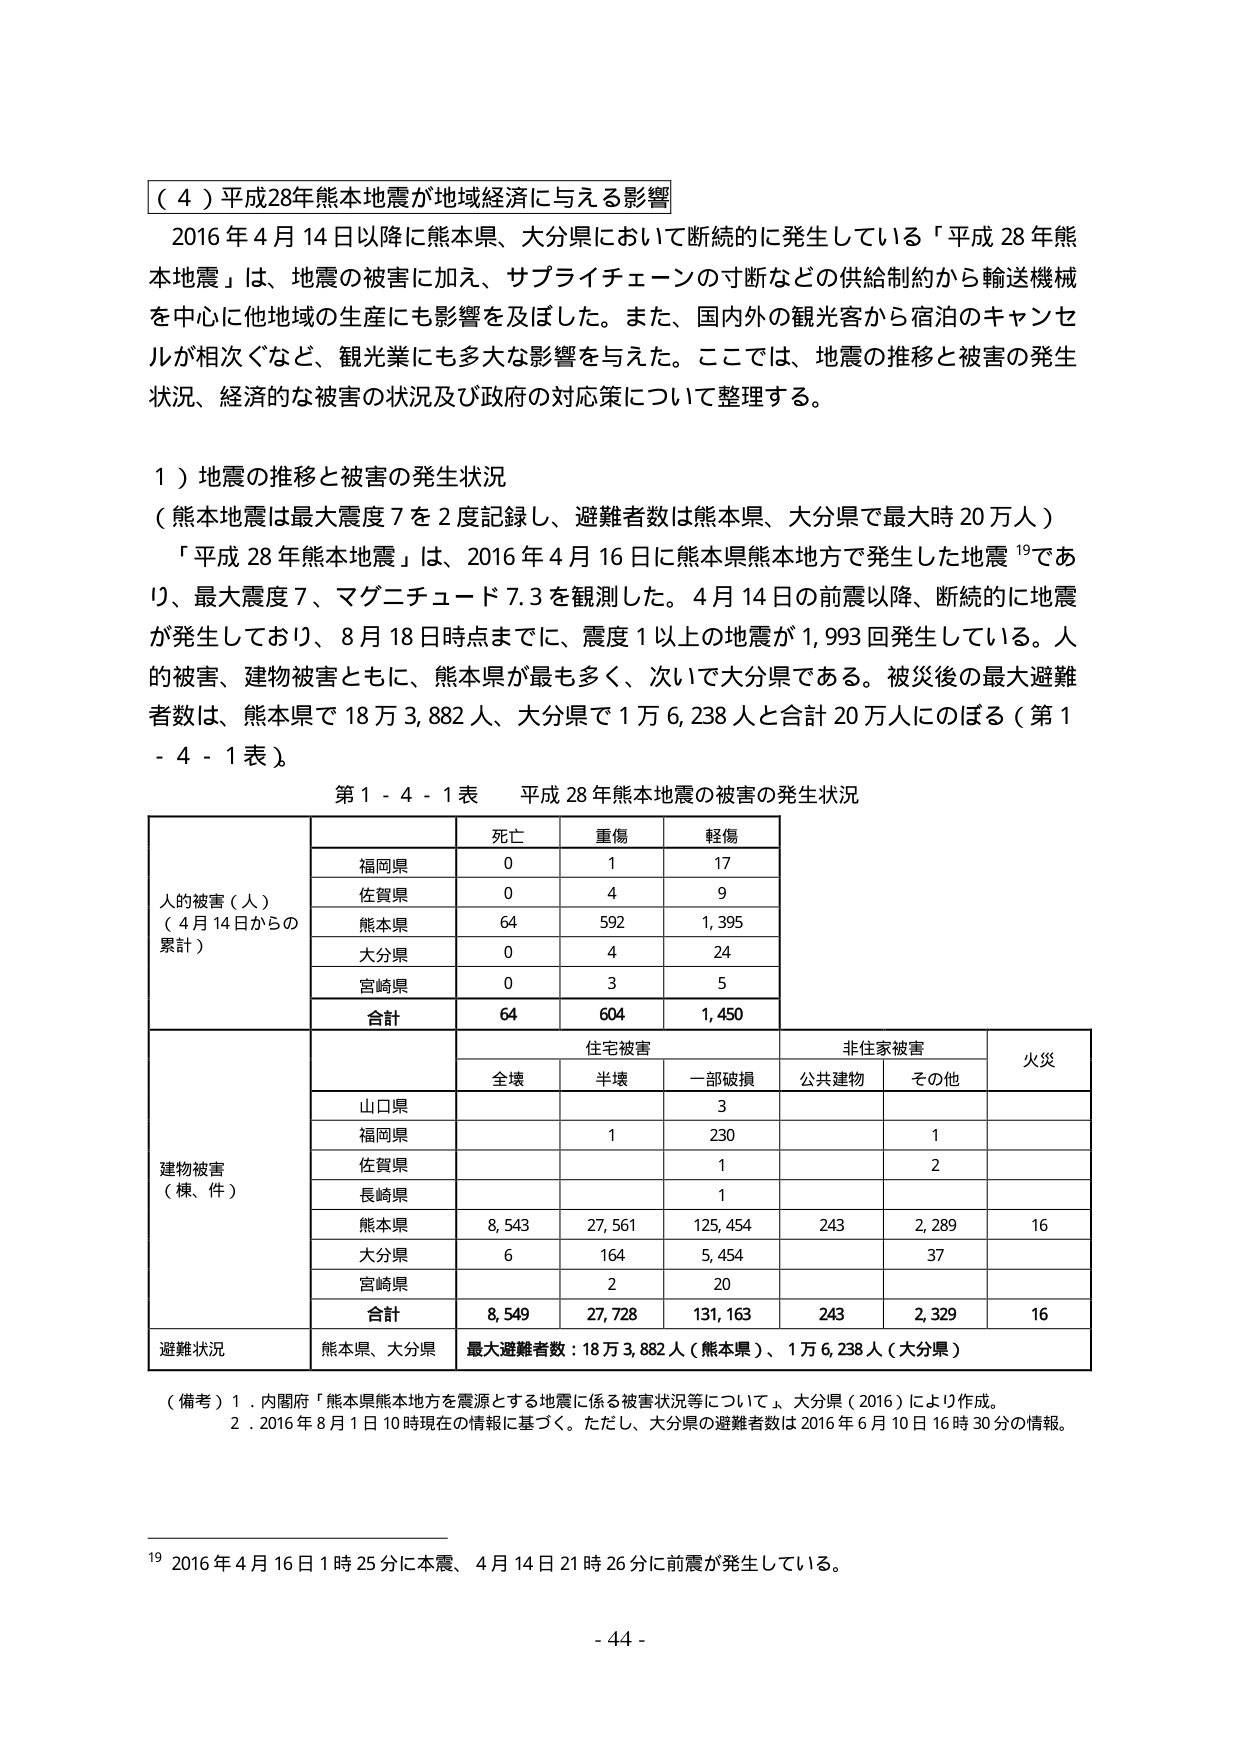
（４）平成28年熊本地震が地域経済に与える影響
2016年4月14日以降に熊本県、大分県において断続的に発生している「平成28年熊本地震」は、地震の被害に加え、サプライチェーンの寸断などの供給制約から輸送機械を中心に他地域の生産にも影響を及ぼした。また、国内外の観光客から宿泊のキャンセルが相次ぐなど、観光業にも多大な影響を与えた。ここでは、地震の推移と被害の発生状況、経済的な被害の状況及び政府の対応策について整理する。

１）地震の推移と被害の発生状況
（熊本地震は最大震度7を2度記録し、避難者数は熊本県、大分県で最大時20万人）
「平成28年熊本地震」は、2016年4月16日に熊本県熊本地方で発生した地震¹⁹であり、最大震度7、マグニチュード7.3を観測した。4月14日の前震以降、断続的に地震が発生しており、8月18日時点までに、震度1以上の地震が1,993回発生している。人的被害、建物被害ともに、熊本県が最も多く、次いで大分県である。被災後の最大避難者数は、熊本県で18万3,882人、大分県で1万6,238人と合計20万人にのぼる（第1-4-1表）。

第1-4-1表 平成28年熊本地震の被害の発生状況

|  |  | 死亡 | 重傷 | 軽傷 |
|---|---|---|---|---|
| 人的被害（人）<br>（4月14日からの累計） | 福岡県 | 0 | 1 | 17 |
|  | 佐賀県 | 0 | 4 | 9 |
|  | 熊本県 | 64 | 592 | 1,395 |
|  | 大分県 | 0 | 4 | 24 |
|  | 宮崎県 | 0 | 3 | 5 |
|  | 合計 | **64** | **604** | **1,450** |

|  |  | 住宅被害 |  |  | 非住家被害 |  | 火災 |
|---|---|---|---|---|---|---|---|
|  |  | 全壊 | 半壊 | 一部破損 | 公共建物 | その他 |  |
| 建物被害<br>（棟、件） | 山口県 |  |  | 3 |  |  |  |
|  | 福岡県 |  | 1 | 230 |  | 1 |  |
|  | 佐賀県 |  |  | 1 |  | 2 |  |
|  | 長崎県 |  |  | 1 |  |  |  |
|  | 熊本県 | 8,543 | 27,561 | 125,454 | 243 | 2,289 | 16 |
|  | 大分県 | 6 | 164 | 5,454 |  | 37 |  |
|  | 宮崎県 |  | 2 | 20 |  |  |  |
|  | 合計 | **8,549** | **27,728** | **131,163** | **243** | **2,329** | **16** |

| 避難状況 | 熊本県、大分県 | 最大避難者数：18万3,882人（熊本県）、1万6,238人（大分県） |

（備考）1．内閣府「熊本県熊本地方を震源とする地震に係る被害状況等について」、大分県（2016）により作成。
2．2016年8月1日10時現在の情報に基づく。ただし、大分県の避難者数は2016年6月10日16時30分の情報。

¹⁹ 2016年4月16日1時25分に本震、4月14日21時26分に前震が発生している。

- 44 -